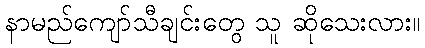
နာမည်ကျော်သီချင်းတွေ သူ ဆိုသေးလား။